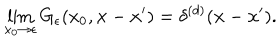
LaTeX: \lim _ { x _ { 0 } \to \epsilon } G _ { \epsilon } ( x _ { 0 } , { \bf x } - { \bf x } ^ { \prime } ) = \delta ^ { ( d ) } ( { \bf x } - { \bf x } ^ { \prime } ) .